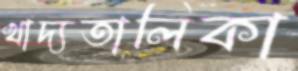
খাদ্যতালিকা